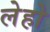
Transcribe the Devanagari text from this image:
लेहो